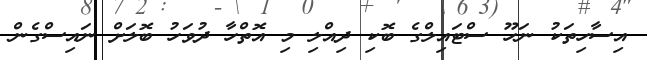
އިސާހިތަކު ނަހޫ ސްޓައިލްގެ ބޮކި ދިއްލި މި އޮތްހާ ދުވަހު ބޮލަށް ނައިސްގެން